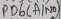
Text: PD6 (AIN0)